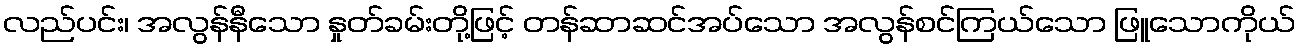
လည်ပင်း၊ အလွန်နီသော နှုတ်ခမ်းတို့ဖြင့် တန်ဆာဆင်အပ်သော အလွန်စင်ကြယ်သော ဖြူသောကိုယ်